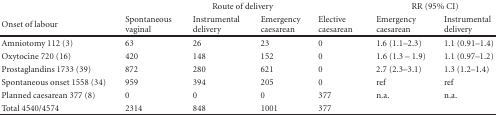
<table><thead><tr><td></td><td colspan="4"><b>Route of delivery</b></td><td colspan="2"><b>RR (95% CI)</b></td></tr><tr><td><b>Onset of labour</b></td><td><b>Spontaneous vaginal</b></td><td><b>Instrumental delivery</b></td><td><b>Emergency caesarean</b></td><td><b>Elective caesarean</b></td><td><b>Emergency caesarean</b></td><td><b>Instrumental delivery</b></td></tr></thead><tbody><tr><td>Amniotomy 112 (3)</td><td>63</td><td>26</td><td>23</td><td>0</td><td>1.6 (1.1–2.3)</td><td>1.1 (0.91–1.4)</td></tr><tr><td>Oxytocine 720 (16)</td><td>420</td><td>148</td><td>152</td><td>0</td><td>1.6 (1.3 – 1.9)</td><td>1.1 (0.97–1.2)</td></tr><tr><td>Prostaglandins 1733 (39)</td><td>872</td><td>280</td><td>621</td><td>0</td><td>2.7 (2.3–3.1)</td><td>1.3 (1.2–1.4)</td></tr><tr><td>Spontaneous onset 1558 (34)</td><td>959</td><td>394</td><td>205</td><td>0</td><td>ref</td><td>ref</td></tr><tr><td>Planned caesarean 377 (8)</td><td>0</td><td>0</td><td>0</td><td>377</td><td>n.a.</td><td>n.a.</td></tr><tr><td>Total 4540/4574</td><td>2314</td><td>848</td><td>1001</td><td>377</td><td></td><td></td></tr></tbody></table>